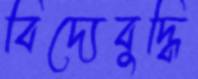
বিদ্যেবুদ্ধি